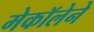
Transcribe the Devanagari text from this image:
मेकॉलेने